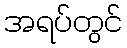
အရပ်တွင်